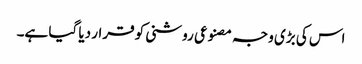
اس کی بڑی وجہ مصنوعی روشنی کو قرار دیا گیا ہے۔